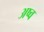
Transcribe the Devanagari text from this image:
अष्व